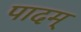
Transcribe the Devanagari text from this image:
पादम्